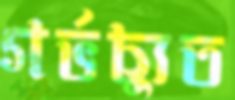
গর্ভচ্যুত